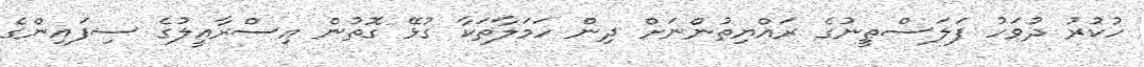
ހުކުރު ދުވަހު ފަލަސްޠީނުގެ ރައްޔިތުންނަށް ދިން ހަމަލާތަކާ ގުޅޭ ގޮތުން އިސްރާއީލުގެ ސިފައިންގެ